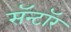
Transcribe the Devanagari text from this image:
सॅन्टॉर